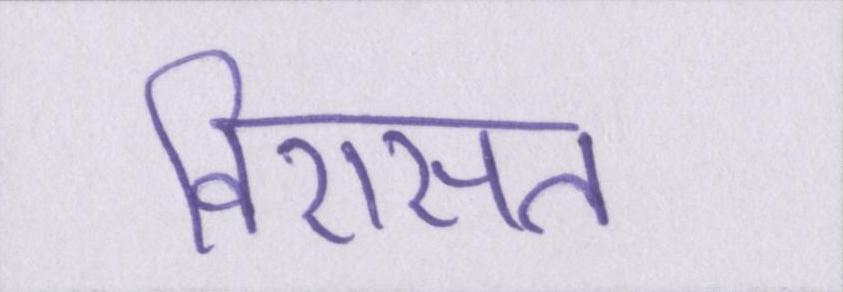
विरासत